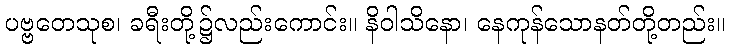
ပဗ္ဗတေသုစ၊ ခရီးတို့၌လည်းကောင်း။ နိဝါသိနော၊ နေကုန်သောနတ်တို့တည်း။